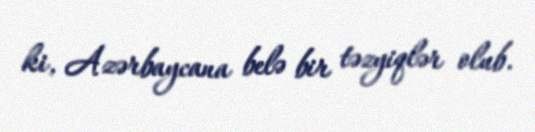
ki, Azərbaycana belə bir təzyiqlər olub.